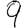
Digit: 9